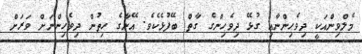
މެލްވިންއަކީ ދިވެހިންނާއި ގުޅޭ ދިވެހިންގެ ގާތް ބޭފުޅެކެވެ. އޭނާގެ ހިތުން ދިވެހިންނަަށް ވަރަށް